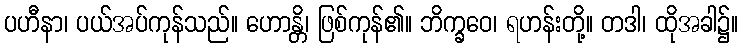
ပဟီနာ၊ ပယ်အပ်ကုန်သည်။ ဟောန္တိ၊ ဖြစ်ကုန်၏။ ဘိက္ခဝေ၊ ရဟန်းတို့။ တဒါ၊ ထိုအခါ၌။